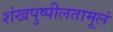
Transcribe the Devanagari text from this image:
शंखपुष्पीलतामूलं